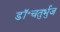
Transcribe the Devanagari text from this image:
डॉ॰चतुर्भुज